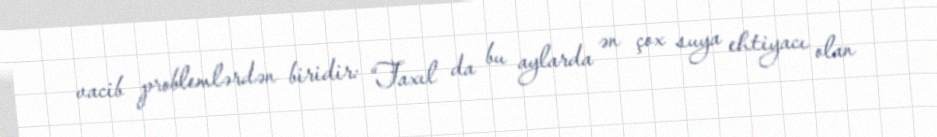
vacib problemlərdən biridir: “Taxıl da bu aylarda ən çox suya ehtiyacı olan